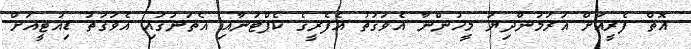
އޮތް ފެރީއަށް އަރަމުންދިޔަ މީހުންނާ އެވަގުތު އެފެރީގެ ކެޕްޓަނާއި އެތަނުގައި އެވަގުތު ޑިއުޓީއަށް